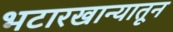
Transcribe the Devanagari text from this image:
भटारखान्यातून